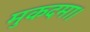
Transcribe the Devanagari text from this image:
मुकदमा।